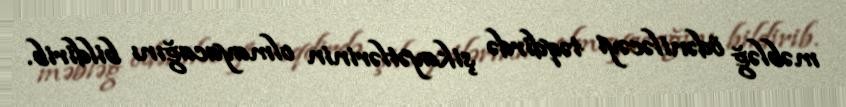
məbləğ ödəniləcəyi təqdirdə şikayətlərinin olmayacağını bildirib.